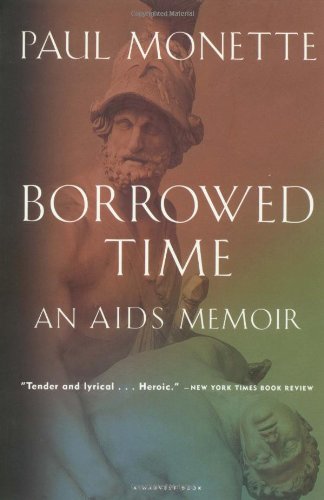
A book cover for Borrowed Time: An AIDS Memoir; Paul Monette; Gay & Lesbian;